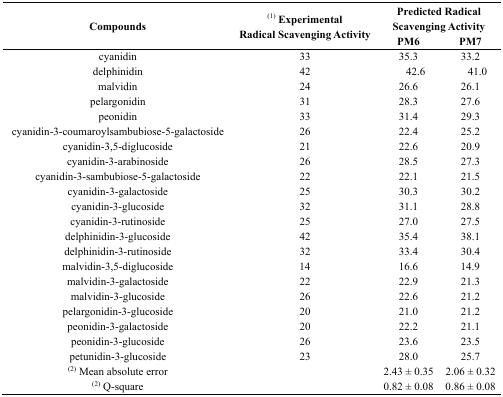
<table><thead><tr><td rowspan="2"><b>Compounds</b></td><td rowspan="2"><b><sup>(1)</sup> Experimental Radical Scavenging Activity</b></td><td colspan="2"><b>Predicted Radical Scavenging Activity</b></td></tr><tr><td><b>PM6</b></td><td><b>PM7</b></td></tr></thead><tbody><tr><td>cyanidin</td><td>33</td><td>35.3</td><td>33.2</td></tr><tr><td>delphinidin</td><td>42</td><td>42.6</td><td>41.0</td></tr><tr><td>malvidin</td><td>24</td><td>26.6</td><td>26.1</td></tr><tr><td>pelargonidin</td><td>31</td><td>28.3</td><td>27.6</td></tr><tr><td>peonidin</td><td>33</td><td>31.4</td><td>29.3</td></tr><tr><td>cyanidin-3-coumaroylsambubiose-5-galactoside</td><td>26</td><td>22.4</td><td>25.2</td></tr><tr><td>cyanidin-3,5-diglucoside</td><td>21</td><td>22.6</td><td>20.9</td></tr><tr><td>cyanidin-3-arabinoside</td><td>26</td><td>28.5</td><td>27.3</td></tr><tr><td>cyanidin-3-sambubiose-5-galactoside</td><td>22</td><td>22.1</td><td>21.5</td></tr><tr><td>cyanidin-3-galactoside</td><td>25</td><td>30.3</td><td>30.2</td></tr><tr><td>cyanidin-3-glucoside</td><td>32</td><td>31.1</td><td>28.8</td></tr><tr><td>cyanidin-3-rutinoside</td><td>25</td><td>27.0</td><td>27.5</td></tr><tr><td>delphinidin-3-glucoside</td><td>42</td><td>35.4</td><td>38.1</td></tr><tr><td>delphinidin-3-rutinoside</td><td>32</td><td>33.4</td><td>30.4</td></tr><tr><td>malvidin-3,5-diglucoside</td><td>14</td><td>16.6</td><td>14.9</td></tr><tr><td>malvidin-3-galactoside</td><td>22</td><td>22.9</td><td>21.3</td></tr><tr><td>malvidin-3-glucoside</td><td>26</td><td>22.6</td><td>21.2</td></tr><tr><td>pelargonidin-3-glucoside</td><td>20</td><td>21.0</td><td>21.2</td></tr><tr><td>peonidin-3-galactoside</td><td>20</td><td>22.2</td><td>21.1</td></tr><tr><td>peonidin-3-glucoside</td><td>26</td><td>23.6</td><td>23.5</td></tr><tr><td>petunidin-3-glucoside</td><td>23</td><td>28.0</td><td>25.7</td></tr><tr><td><sup>(2)</sup> Mean absolute error</td><td></td><td>2.43 ± 0.35</td><td>2.06 ± 0.32</td></tr><tr><td><sup>(2)</sup> Q-square</td><td></td><td>0.82 ± 0.08</td><td>0.86 ± 0.08</td></tr></tbody></table>